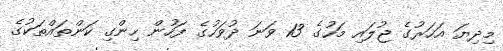
މިދިޔަ އަހަރުގެ ޖުލައި މަހުގެ 13 ވަނަ ދުވަހުގެ ފަހުން ހިންގި ކަންތައްތަކުގެ